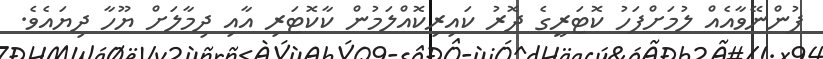
ފުންނޭވާއެއް ލުމަށްފަހު ކޮޓަރީގެ ދޮރު ކައިރިކޮއްލަމުން ކާކޮޓަރި އާއި ދިމާލަށް ޔޫހާ ދިޔައެވެ.